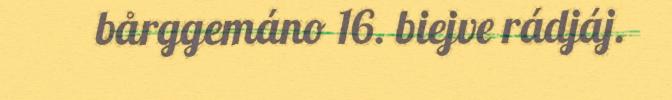
bårggemáno 16. biejve rádjáj.